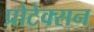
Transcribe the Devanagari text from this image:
प्रोटेक्सन